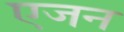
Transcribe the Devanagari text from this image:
एजन